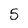
Character: 5